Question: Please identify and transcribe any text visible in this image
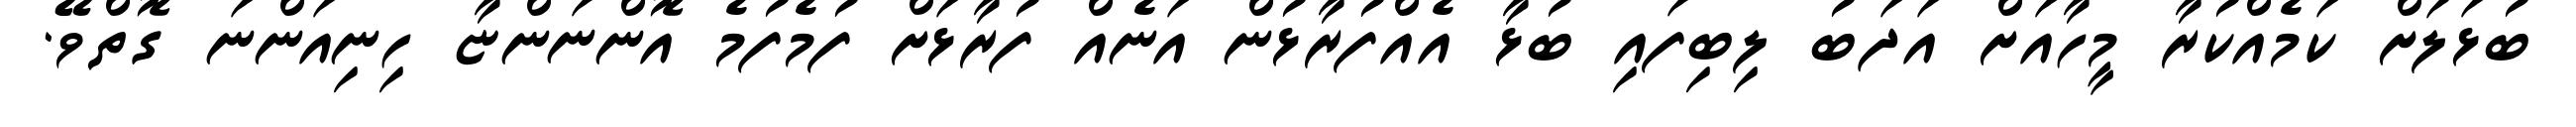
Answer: ބުޅަލަށް ކަމެއްކުރާ މީހާއަށް އަދަބު ލިބިފައި ބުޅާ އެއްފުރާޅުން އަނެއް ފުރާޅަށް ފުމެފުމެ އޮންނަންޏާ ހިނިއަންނަ ގޮތްވޭ.